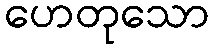
ဟေတုသော